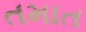
તમાત